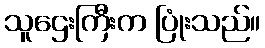
သူဌေးကြီးက ပြုံးသည်။